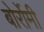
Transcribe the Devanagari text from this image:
बोर्रोमी